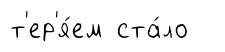
т'ер'я́ем ста́ло